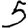
Digit: 5